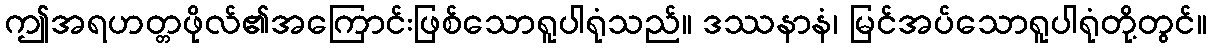
ဤအရဟတ္တဖိုလ်၏အကြောင်းဖြစ်သောရူပါရုံသည်။ ဒဿနာနံ၊ မြင်အပ်သောရူပါရုံတို့တွင်။